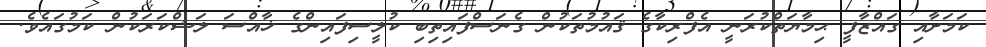
ކަމަށާއި ގައްޒާފީ ޙިމާޔަތްކުރަނީ އެފްރިކާގެ ޤައުމުތަކުން ގެނަސްފައިތިބި ކުލީސިފައިންގެ ޚާއްސަ ލަޝްކަރަކުން ކަމުގައެވެ.